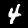
Label: 4